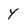
Character: y